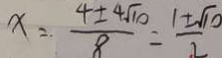
x = \frac { 4 \pm 4 \sqrt { 1 0 } } { 8 } = \frac { 1 \pm \sqrt { 1 0 } } { 2 }